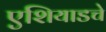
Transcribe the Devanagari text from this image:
एशियाडचे